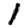
Digit: 1